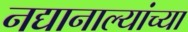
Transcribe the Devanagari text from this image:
नद्यानाल्यांच्या